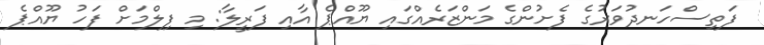
ފަތިސްހަނދުވަރުގެ ފެށުންގެ މަންޒަރެއްގައި ޔޫއްޕެ އާއި ފަރީލާ: މި ފިލްމަށް ފަހު ޔޫއްޕެ